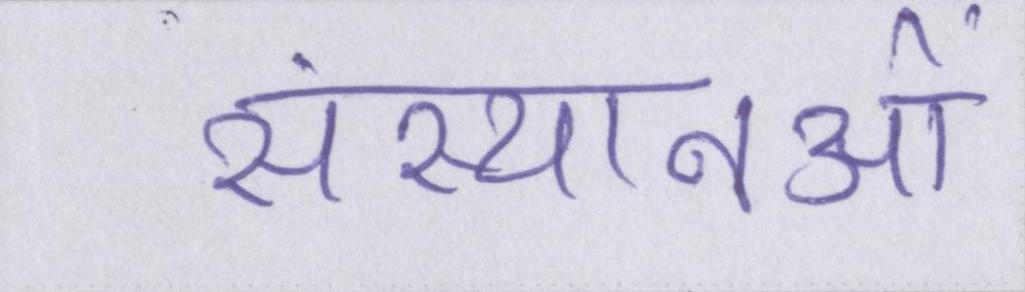
संस्थानओं